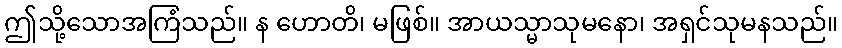
ဤသို့သောအကြံသည်။ န ဟောတိ၊ မဖြစ်။ အာယသ္မာသုမနော၊ အရှင်သုမနသည်။